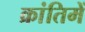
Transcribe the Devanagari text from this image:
क्रांतिमें